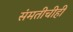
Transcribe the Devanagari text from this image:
संमतीचीही